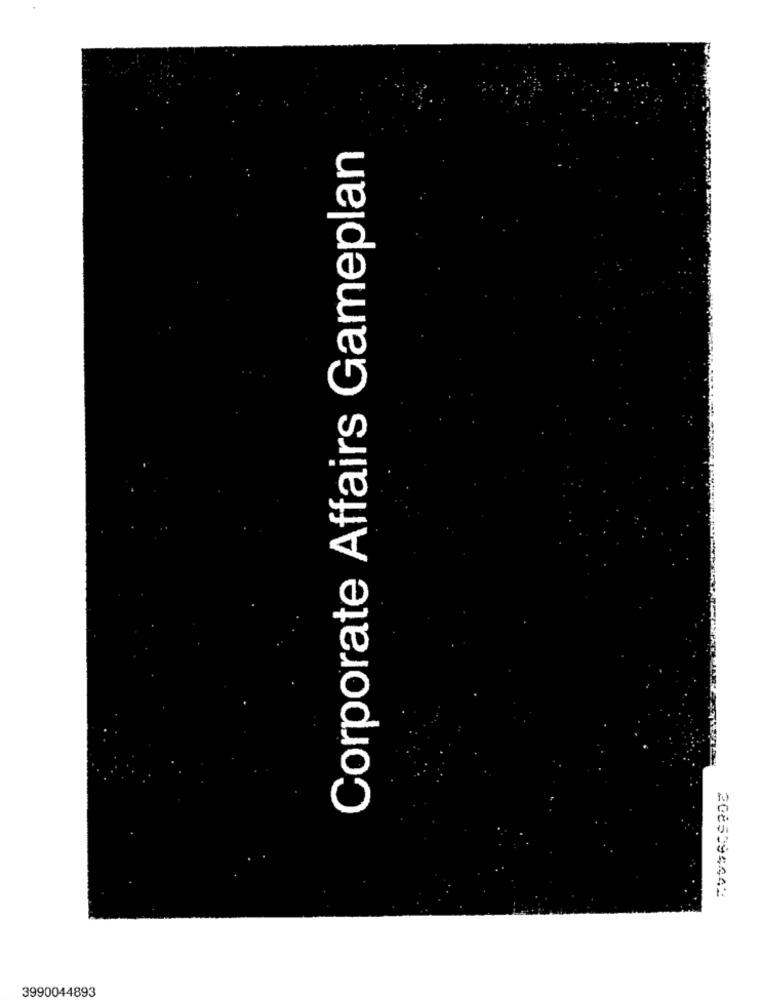
Corporate Affairs Gameplan
2085094442
3990044893